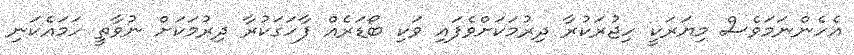
އެހެންނަމަވެސް މިޔަރަކީ ހިޖުރަކުރާ ދިރުމަކަށްވެފައި ވަކި ބޯޑަރެއް ފާހަގަކުރާ ދިރުމަކަށް ނުވާތީ ހަމައެކަނި